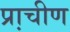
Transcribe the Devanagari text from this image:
प्रा़चीण